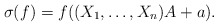
\begin{align*}\sigma(f)=f((X_1,\dots,X_n)A+a).\end{align*}